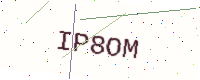
Text: IP8OM